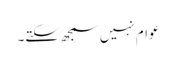
عوام نہیں سمجھ سکتے۔